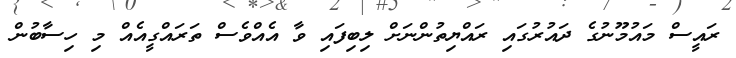
ރައީސް މައުމޫނުގެ ދައުރުގައި ރައްޔިތުންނަށް ލިބިފައި ވާ އެއްވެސް ތަރައްގީއެއް މި ހިސާބުން